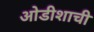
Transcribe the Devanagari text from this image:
ओडीशाची